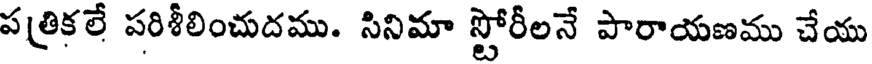
పత్రికలే పరిశీలించుదము. సినిమా స్టోరీలనే పారాయణము చేయు